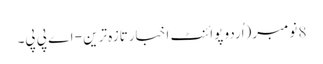
8 نومبر(اُردو پوائنٹ اخبارتازہ ترین - اے پی پی۔